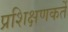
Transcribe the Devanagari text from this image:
प्रशिक्षणकर्ते